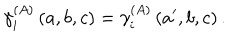
LaTeX: \gamma _ { i } ^ { \left( A \right) } \left( a , b , c \right) = \gamma _ { i } ^ { \left( A \right) } \left( a ^ { \prime } , b , c \right) .